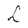
Character: L